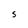
Character: S